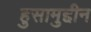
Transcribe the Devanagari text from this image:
हुसामुद्दीन